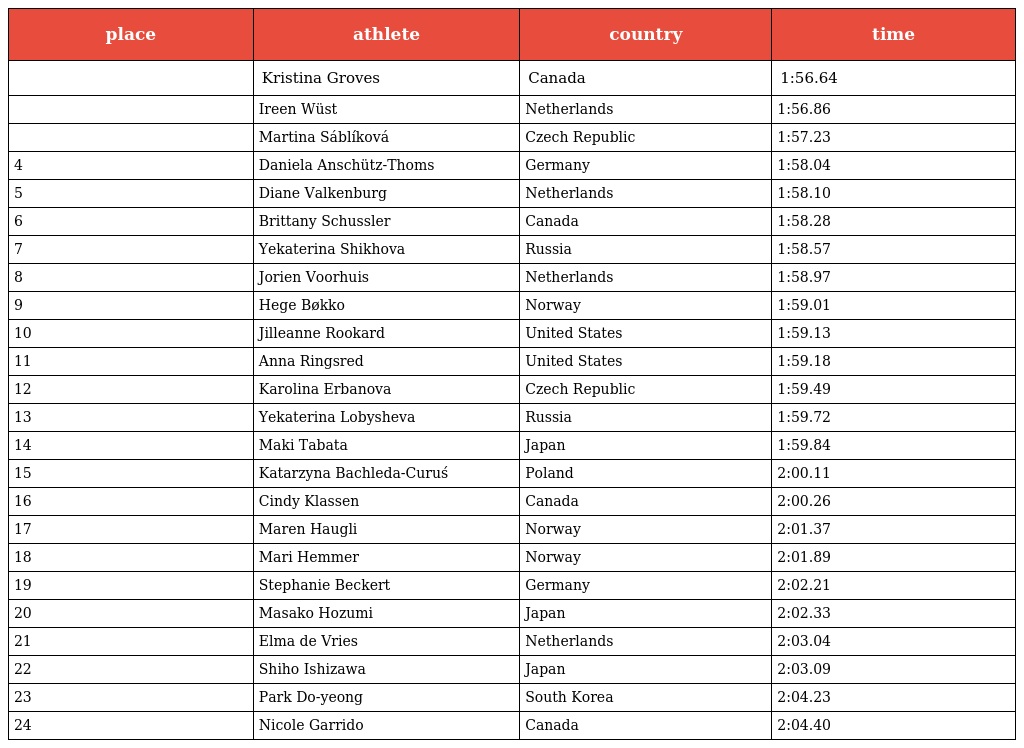
| place | athlete | country | time |
 | --- | --- | --- | --- |
 |  | Kristina Groves | Canada | 1:56.64 |
 |  | Ireen Wüst | Netherlands | 1:56.86 |
 |  | Martina Sáblíková | Czech Republic | 1:57.23 |
 | 4 | Daniela Anschütz-Thoms | Germany | 1:58.04 |
 | 5 | Diane Valkenburg | Netherlands | 1:58.10 |
 | 6 | Brittany Schussler | Canada | 1:58.28 |
 | 7 | Yekaterina Shikhova | Russia | 1:58.57 |
 | 8 | Jorien Voorhuis | Netherlands | 1:58.97 |
 | 9 | Hege Bøkko | Norway | 1:59.01 |
 | 10 | Jilleanne Rookard | United States | 1:59.13 |
 | 11 | Anna Ringsred | United States | 1:59.18 |
 | 12 | Karolina Erbanova | Czech Republic | 1:59.49 |
 | 13 | Yekaterina Lobysheva | Russia | 1:59.72 |
 | 14 | Maki Tabata | Japan | 1:59.84 |
 | 15 | Katarzyna Bachleda-Curuś | Poland | 2:00.11 |
 | 16 | Cindy Klassen | Canada | 2:00.26 |
 | 17 | Maren Haugli | Norway | 2:01.37 |
 | 18 | Mari Hemmer | Norway | 2:01.89 |
 | 19 | Stephanie Beckert | Germany | 2:02.21 |
 | 20 | Masako Hozumi | Japan | 2:02.33 |
 | 21 | Elma de Vries | Netherlands | 2:03.04 |
 | 22 | Shiho Ishizawa | Japan | 2:03.09 |
 | 23 | Park Do-yeong | South Korea | 2:04.23 |
 | 24 | Nicole Garrido | Canada | 2:04.40 |